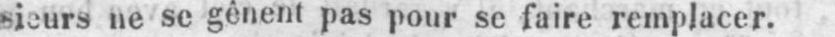
sieurs ne se gênent pas pour se faire remplacer.